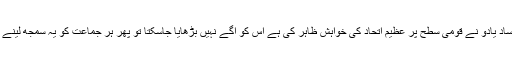
اب اگر اپوزیشن کی صفوں میںاتحاد نہیں ہوتا اور جس طرح سے لالو پرساد یادو نے قومی سطح پر عظیم اتحاد کی خواہش ظاہر کی ہے اس کو آگے نہیں بڑھایا جاسکتا تو پھر ہر جماعت کو یہ سمجھ لینے کی ضرورت ہے کہ آج کسی کی تو کل ان کی باری بھی ضرور آئیگی ۔